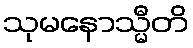
သုမနောသ္မီတိ